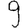
Digit: 9